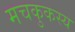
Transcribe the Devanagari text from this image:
मचकुकस्य